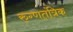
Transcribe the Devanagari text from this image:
रुग्णतंत्रिक